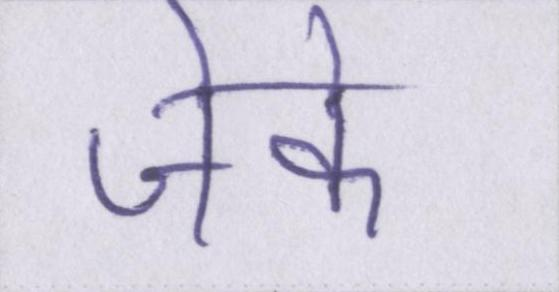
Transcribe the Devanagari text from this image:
जेके